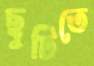
ছুটিতে